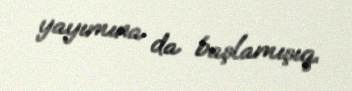
yayımına da başlamışıq.